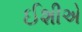
ઈશીએ